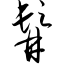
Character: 髯